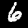
Label: 6